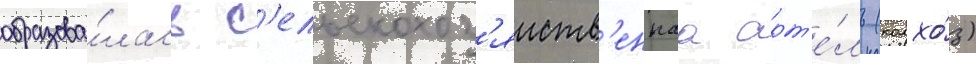
образова́лась с'ельскохоз'яиств'еннаа арт'е́ль (колхо́з)